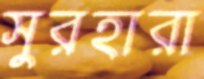
সুরহারা